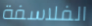
الفلاسفة